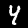
Label: 4